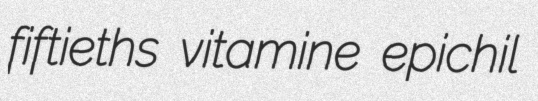
fiftieths vitamine epichil